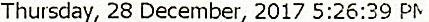
THURSDAY, 28 DECEMBER, 2017 5:26:39 PM